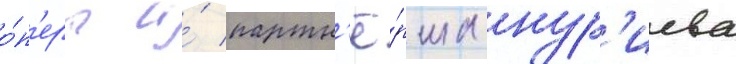
о́п'еры и́ партн'ё́рша нур'иева